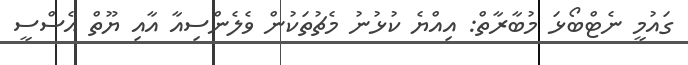
ގައުމީ ނެޓްބޯޅަ މުބާރާތް: އިއްޔެ ކުޅުނު މެޗުތަކުން ވެލެންސިއާ އާއި ޔޫތް އެސްސީ